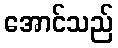
အောင်သည်